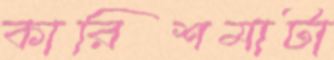
কারিশমাটা